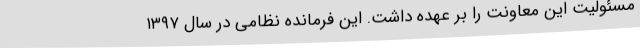
مسئولیت این معاونت را بر عهده داشت. این فرمانده نظامی در سال ۱۳۹۷